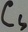
Text: CS